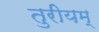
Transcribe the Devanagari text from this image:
तुरीयम्‌